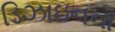
ડિઝાઇનના